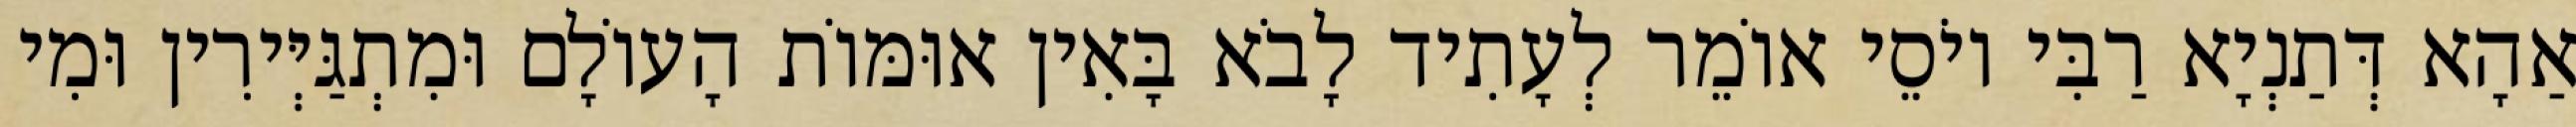
אַהָא דְּתַנְיָא רַבִּי יוֹסֵי אוֹמֵר לְעָתִיד לָבֹא בָּאִין אוּמּוֹת הָעוֹלָם וּמִתְגַּיְּירִין וּמִי